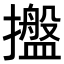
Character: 𢸔